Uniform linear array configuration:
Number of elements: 64
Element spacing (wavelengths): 0.5
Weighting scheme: hamming
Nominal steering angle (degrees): -45
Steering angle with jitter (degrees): -43.295
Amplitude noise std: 0.05
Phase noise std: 0.05

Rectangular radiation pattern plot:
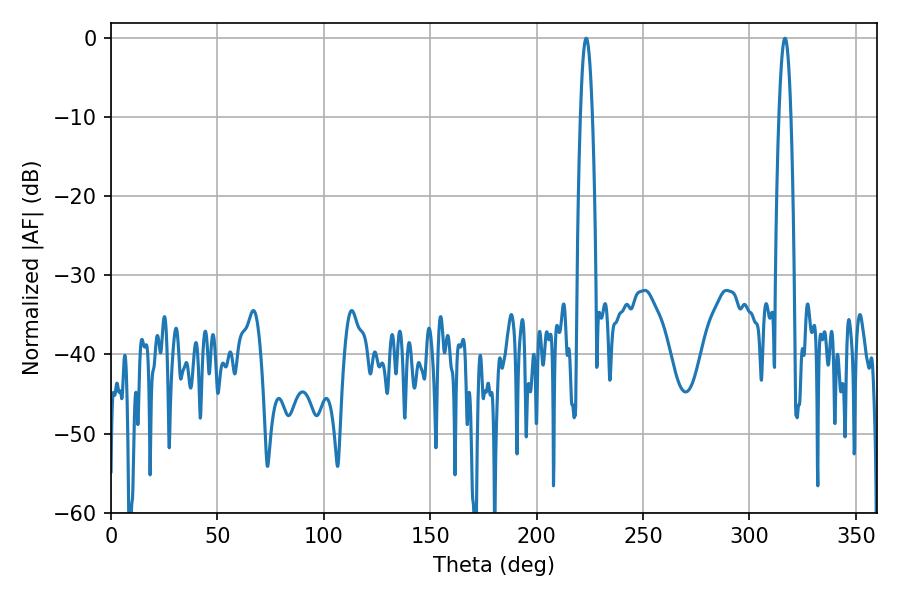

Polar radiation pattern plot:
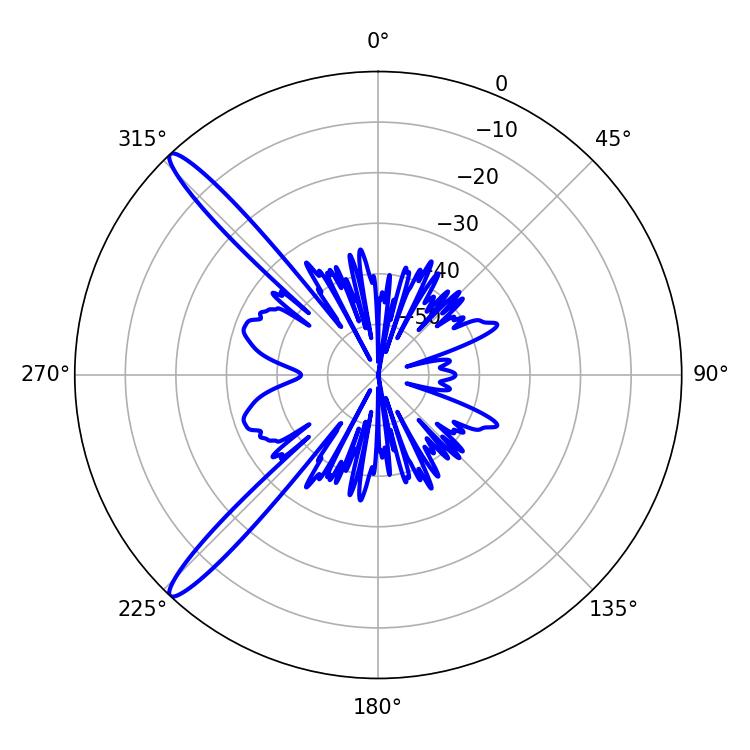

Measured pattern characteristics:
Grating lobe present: FALSE
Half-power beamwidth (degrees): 3.06
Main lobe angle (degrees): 223.38